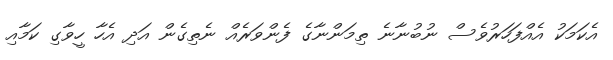
އެކަމަކު އެއްފަހަރުވެސް ނުބުނާނެ ތިމަންނާގެ ފެންވަރެއް ނެތިގެން އަދި އެހާ ހީވާގި ކަމާއި